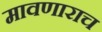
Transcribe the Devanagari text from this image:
मावणाराच